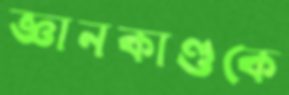
জ্ঞানকাণ্ডকে